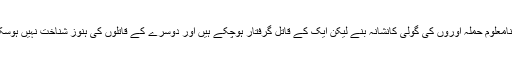
دونوں نامعلوم حملہ آوروں کی گولی کانشانہ بنے لیکن ایک کے قاتل گرفتار ہوچکے ہیں اور دوسرے کے قاتلوں کی ہنوز شناخت نہیں ہوسکی ہے۔